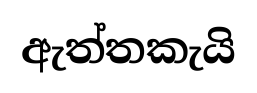
ඇත්තකැයි